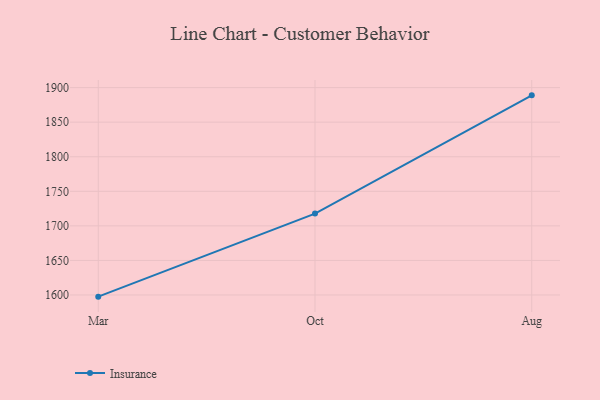
{"axis": {"x": "Month", "y": "Customer Acquisition Cost (USD)"}, "legend": ["Insurance"], "data": [{"x": "Mar", "y": 1597.6, "type": "Insurance"}, {"x": "Oct", "y": 1717.8, "type": "Insurance"}, {"x": "Aug", "y": 1888.8, "type": "Insurance"}]}